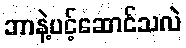
ဘာနဲ့ပင့်ဆောင်သလဲ